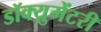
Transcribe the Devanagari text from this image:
डॉक्य़ुमेंटरी